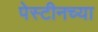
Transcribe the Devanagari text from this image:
पेस्टीनच्या